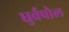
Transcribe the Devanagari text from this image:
धुर्वपोल